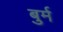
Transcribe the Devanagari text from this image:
बुर्म